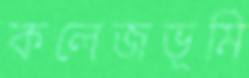
কলেজভূমি